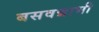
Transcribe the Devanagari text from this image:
बसवन्नाभी